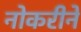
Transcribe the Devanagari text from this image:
नोकरीने